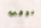
ذوقي